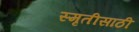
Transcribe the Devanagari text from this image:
स्मृतीसाठी